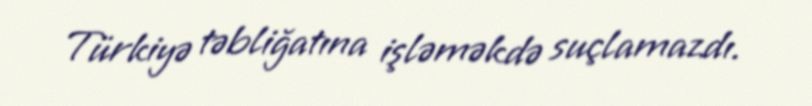
Türkiyə təbliğatına işləməkdə suçlamazdı.